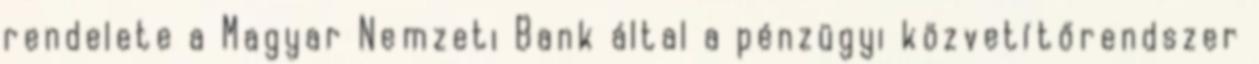
rendelete a Magyar Nemzeti Bank által a pénzügyi közvetítőrendszer